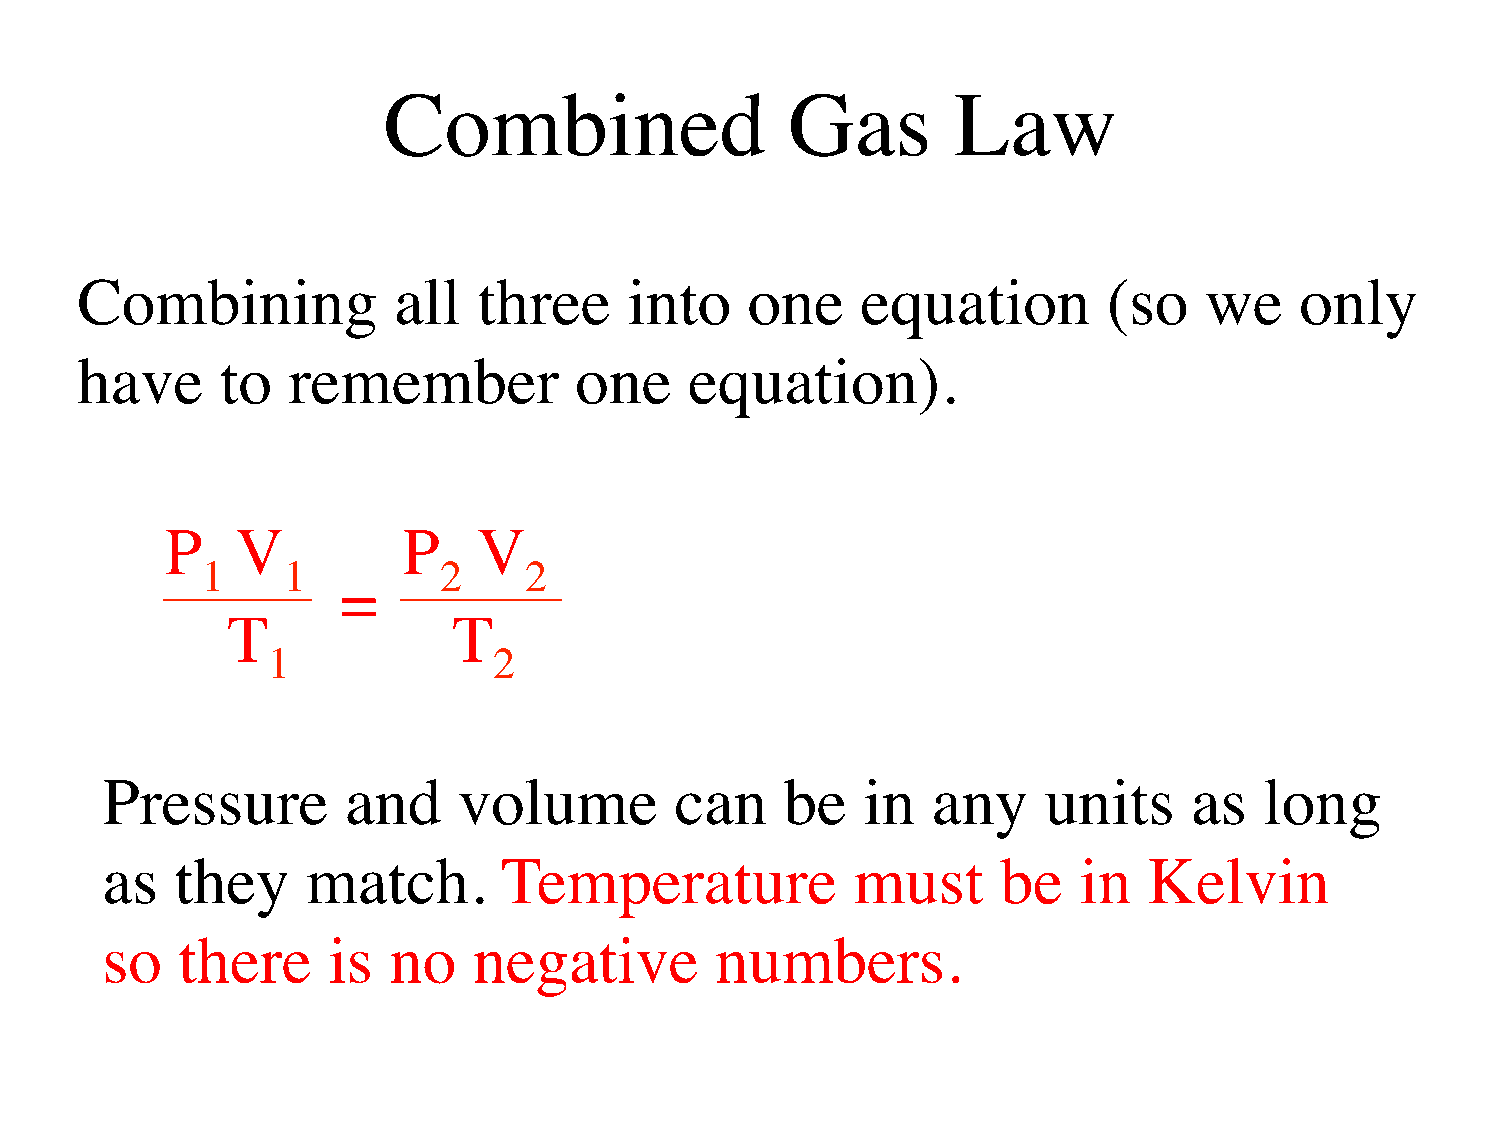
Combined                   Gas        Law
 Combining            all   three     into    one    equation        (so    we    only
 have      to  remember           one     equation).
 P    V          P    V
 1     1         2     2
 =
 T              T
 1              2
 Pressure        and    volume         can    be   in   any    units     as   long
 as   they    match.       Temperature             must     be   in   Kelvin
 so   there     is  no   negative        numbers.